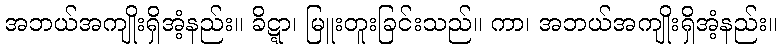
အဘယ်အကျိုးရှိအံ့နည်း။ ခိဋ္ဋာ၊ မြူးတူးခြင်းသည်။ ကာ၊ အဘယ်အကျိုးရှိအံ့နည်း။